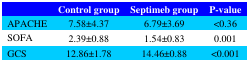
<table><thead><tr><td></td><td><b>Control group</b></td><td><b>Septimeb group</b></td><td><b>P-value</b></td></tr></thead><tbody><tr><td>APACHE </td><td>7.58±4.37</td><td>6.79±3.69</td><td>&lt;0.36</td></tr><tr><td>SOFA </td><td>2.39±0.88</td><td>1.54±0.83</td><td>0.001</td></tr><tr><td>GCS</td><td>12.86±1.78</td><td>14.46±0.88</td><td>&lt;0.001</td></tr></tbody></table>